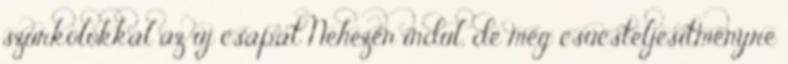
szurkolókkal az új csapat Nehezen indul, de még csúcsteljesítményre